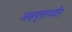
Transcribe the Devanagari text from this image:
अक्षवृत्तापर्यंत